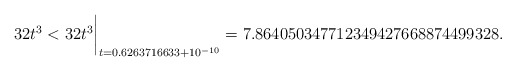
\begin{align*}32t^3 < 32t^3\biggr\rvert_{t=0.6263716633 + 10^{-10}} = 7.864050347712349427668874499328 . \end{align*}